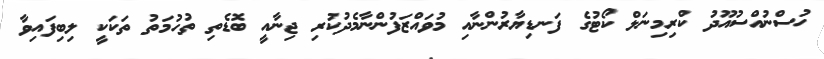
ހުސްނުއްސުއޫދު ކްރިމިނަލް ކޯޓުގެ ފަނޑިޔާރުންނާއި މުވައްޒަފުންނާމެދުކުރި ޖިނާއީ ބޮޑެތި ތުހުމަތު ތަކަކީ ލިބިފައިވާ